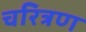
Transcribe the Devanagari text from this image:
चरित्रण